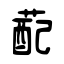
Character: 蓜